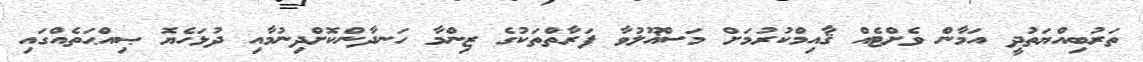
ތަރުބިއްޔަތުދީ އަމާން ވެށްޓެއް ޤާއިމްކުރުމަށް މަސްޣޫލުވާ ފަރާތްތަކުގެ ޒިންމާ ހަނދާންކޮށްދިނުމާއި ދުޅަހެޔޮ ޞިއްޙަތެއްގައި